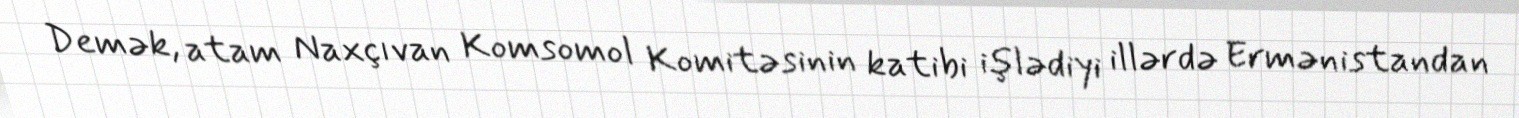
Demək, atam Naxçıvan Komsomol Komitəsinin katibi işlədiyi illərdə Ermənistandan